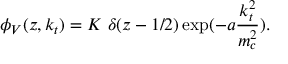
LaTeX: \phi _ { V } ( z , k _ { t } ) = K \ \delta ( z - 1 / 2 ) \exp ( - a \frac { k _ { t } ^ { 2 } } { m _ { c } ^ { 2 } } ) .